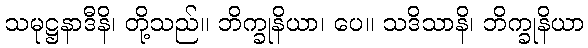
သမုဋ္ဌနာဒီနိ၊ တို့သည်။ ဘိက္ခုနိယာ၊ ပေ။ သဒိသာနိ၊ ဘိက္ခုနိယာ